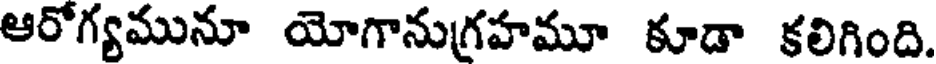
ఆరోగ్యమునూ యోగానుగ్రహమూ కూడా కలిగింది.